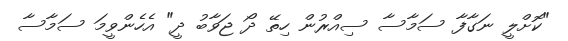
"ކޮށްލީ ނަގާފާ ސަމާސާ ސިއްރުން ހިތޭ ދޯ ޖަވާބު ދީ" އެހެންވީމަ ސަމާސާ